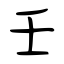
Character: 壬